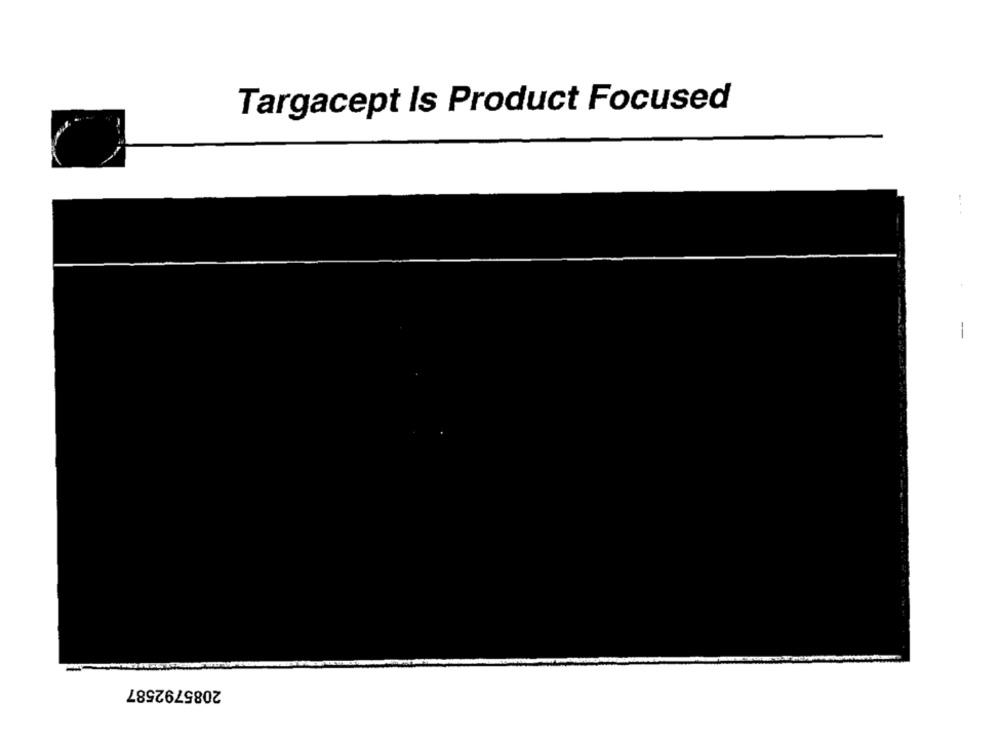
Targacept Is Product Focused
-
2085792587